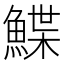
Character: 鰈